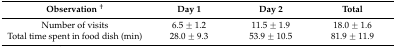
<table><thead><tr><td><b>Observation <sup>†</sup></b></td><td><b>Day 1</b></td><td><b>Day 2</b></td><td><b>Total</b></td></tr></thead><tbody><tr><td>Number of visits</td><td>6.5 ± 1.2</td><td>11.5 ± 1.9</td><td>18.0 ± 1.6</td></tr><tr><td>Total time spent in food dish (min)</td><td>28.0 ± 9.3</td><td>53.9 ± 10.5</td><td>81.9 ± 11.9</td></tr></tbody></table>